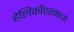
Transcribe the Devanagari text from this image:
हेलिकॉप्टरमध्ये